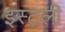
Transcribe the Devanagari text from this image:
इस्टली